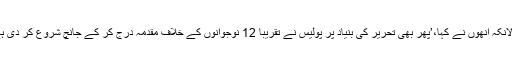
حالانکہ انھوں نے کہا،’پھر بھی تحریر کی بنیاد پر پولیس نے تقریباً 12 نوجوانوں کے خلاف مقدمہ درج کر کے جانچ شروع کر دی ہے۔